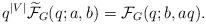
LaTeX: \begin{align*}q^{|V|}\widetilde{\mathcal F}_G(q;a,b)={\mathcal F}_G(q;b,aq).\end{align*}